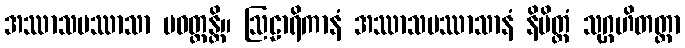
အဿာသပဿာသာ ပဝတ္တန္တိ။ ဩဠာရိကာနံ အဿာသပဿာသာနံ နိမိတ္တံ သုဂ္ဂဟိတတ္တာ